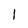
Character: 1